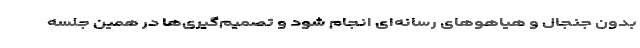
بدون جنجال و هیاهوهای رسانه‌ای انجام شود و تصمیم‌گیری‌ها در همین جلسه